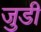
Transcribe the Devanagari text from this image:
जुडी